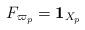
LaTeX: \begin{align*}F_{\varpi_{p}}=\textbf{1}_{X_{p}}\end{align*}